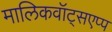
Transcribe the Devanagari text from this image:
मालिकवॉट्सएप्प